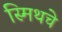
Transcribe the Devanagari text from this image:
स्मिथचे